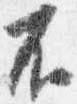
不